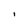
Character: I